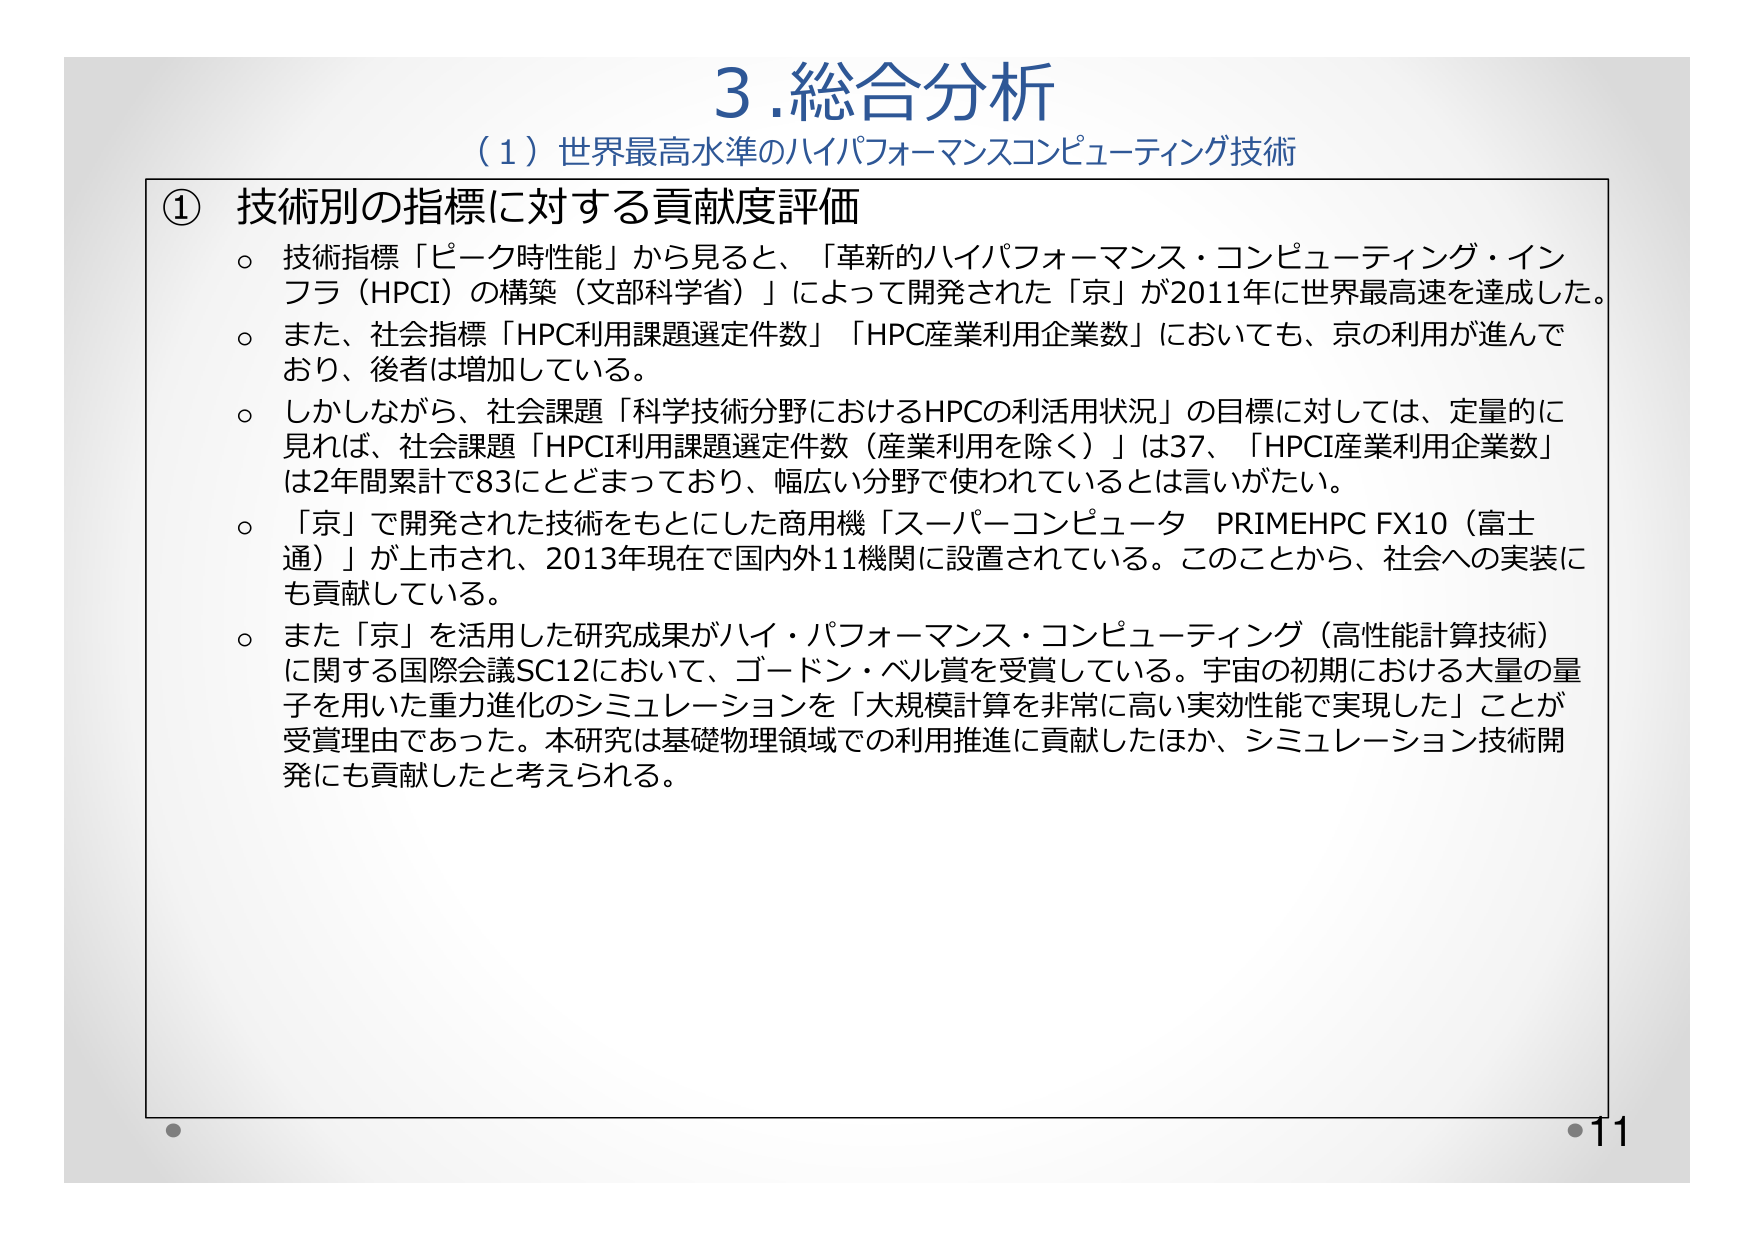
3. 総合分析
（1）世界最高水準のハイパフォーマンスコンピューティング技術

① 技術別の指標に対する貢献度評価
○ 技術指標「ピーク時性能」から見ると、「革新的ハイパフォーマンス・コンピューティング・インフラ（HPCI）の構築（文部科学省）」によって開発された「京」が2011年に世界最高速を達成した。
○ また、社会指標「HPC利用課題選定件数」「HPC産業利用企業数」においても、京の利用が進んでおり、後者は増加している。
○ しかしながら、社会課題「科学技術分野におけるHPCの利活用状況」の目標に対しては、定量的に見れば、社会課題「HPCI利用課題選定件数（産業利用を除く）」は37、「HPCI産業利用企業数」は2年間累計で83にとどまっており、幅広い分野で使われているとは言いがたい。
○ 「京」で開発された技術をもとにした商用機「スーパーコンピュータ PRIMEHPC FX10（富士通）」が上市され、2013年現在で国内外11機関に設置されている。このことから、社会への実装にも貢献している。
○ また「京」を活用した研究成果がハイ・パフォーマンス・コンピューティング（高性能計算技術）に関する国際会議SC12において、ゴードン・ベル賞を受賞している。宇宙の初期における大量の量子を用いた重力進化のシミュレーションを「大規模計算を非常に高い実効性能で実現した」ことが受賞理由であった。本研究は基礎物理領域での利用推進に貢献したほか、シミュレーション技術開発にも貢献したと考えられる。

11